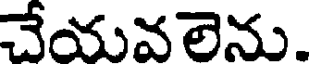
చేయవలెను.